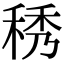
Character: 䅎